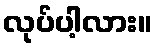
လုပ်ပါ့လား။